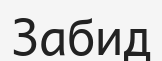
Забид